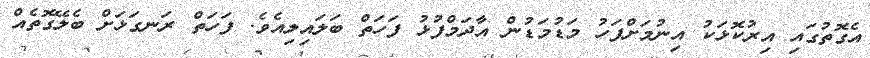
އެގޮތުގައި އިރުކޮޅަކު އިނުމަށްފަހު މަޑުމަޑުން އާދަމްފުޅު ފަހަތް ބަލައިލިއެވެ. ފަހަތް ރަނގަޅަށް ބެލޭގޮތެއް